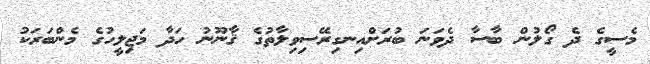
މެސީގެ ދެ ގޯލުން ބާސާ ދެވަނަ ބުރަށްއިނގިރޭސިވިލާތުގެ ޤާނޫނު ހަދާ މަޖިލީހުގެ މެންބަރަކު